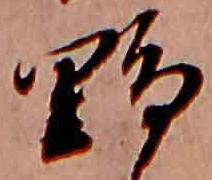
野